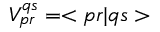
V _ { p r } ^ { q s } = < p r | q s >